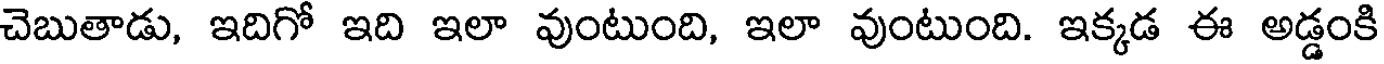
చెబుతాడు, ఇదిగో ఇది ఇలా వుంటుంది, ఇలా వుంటుంది. ఇక్కడ ఈ అడ్డంకి